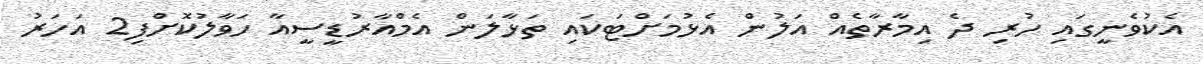
އެކުވެނީގައި ހުރި ދެ އިމާރާތެއް އަލުން އެޅުމަށްޓަކައި ތަޅާލަން އެމްއާރުޑީސީއާ ހަވާލުކޮށްފި2 އަހަރު